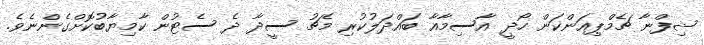
ޝިފްނާ ޗެމްޕިއަންކަން ހޯދީ އާސިމާއާ ބައްދަލުކުރި މެޗު ސީދާ ދެ ސެޓުން ކާމިޔާބުކޮށްގެންނެވެ.